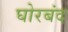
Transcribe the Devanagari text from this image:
घोरबंद